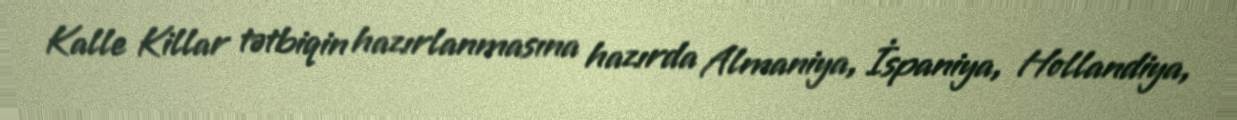
Kalle Killar tətbiqin hazırlanmasına hazırda Almaniya, İspaniya, Hollandiya,